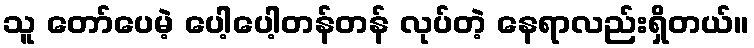
သူ တော်ပေမဲ့ ပေါ့ပေါ့တန်တန် လုပ်တဲ့ နေရာလည်းရှိတယ်။